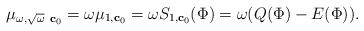
LaTeX: \begin{align*}\mu_{\omega,\sqrt{\omega}\ \mathbf{c}_0}=\omega \mu_{1,\mathbf{c}_0}=\omega S_{1,\mathbf{c}_0}(\Phi)=\omega (Q(\Phi)-E(\Phi)). \end{align*}